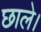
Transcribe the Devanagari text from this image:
छाले।